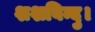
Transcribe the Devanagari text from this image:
शशबिन्दु।